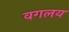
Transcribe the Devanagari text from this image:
वगलय